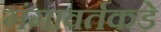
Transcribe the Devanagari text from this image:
गंगावर्तकडे